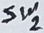
Text: Sw2